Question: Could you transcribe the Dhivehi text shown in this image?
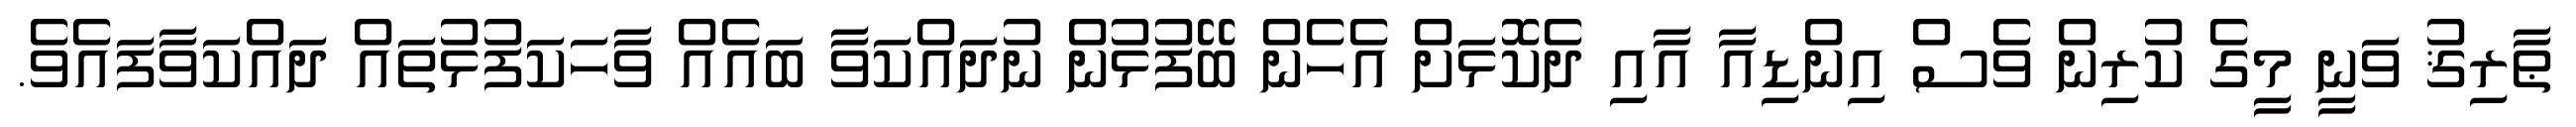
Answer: ޠާރިޤު ވަނީ މީގެ ކުރިން ވެސް އިންޑިއާ އާއި ދެކޮޅަށް އެހެން ބޭފުޅުން ނުދައްކަވާ ބައެއް ވާހަކަފުޅުތައް ދައްކަވާފައެވެ.